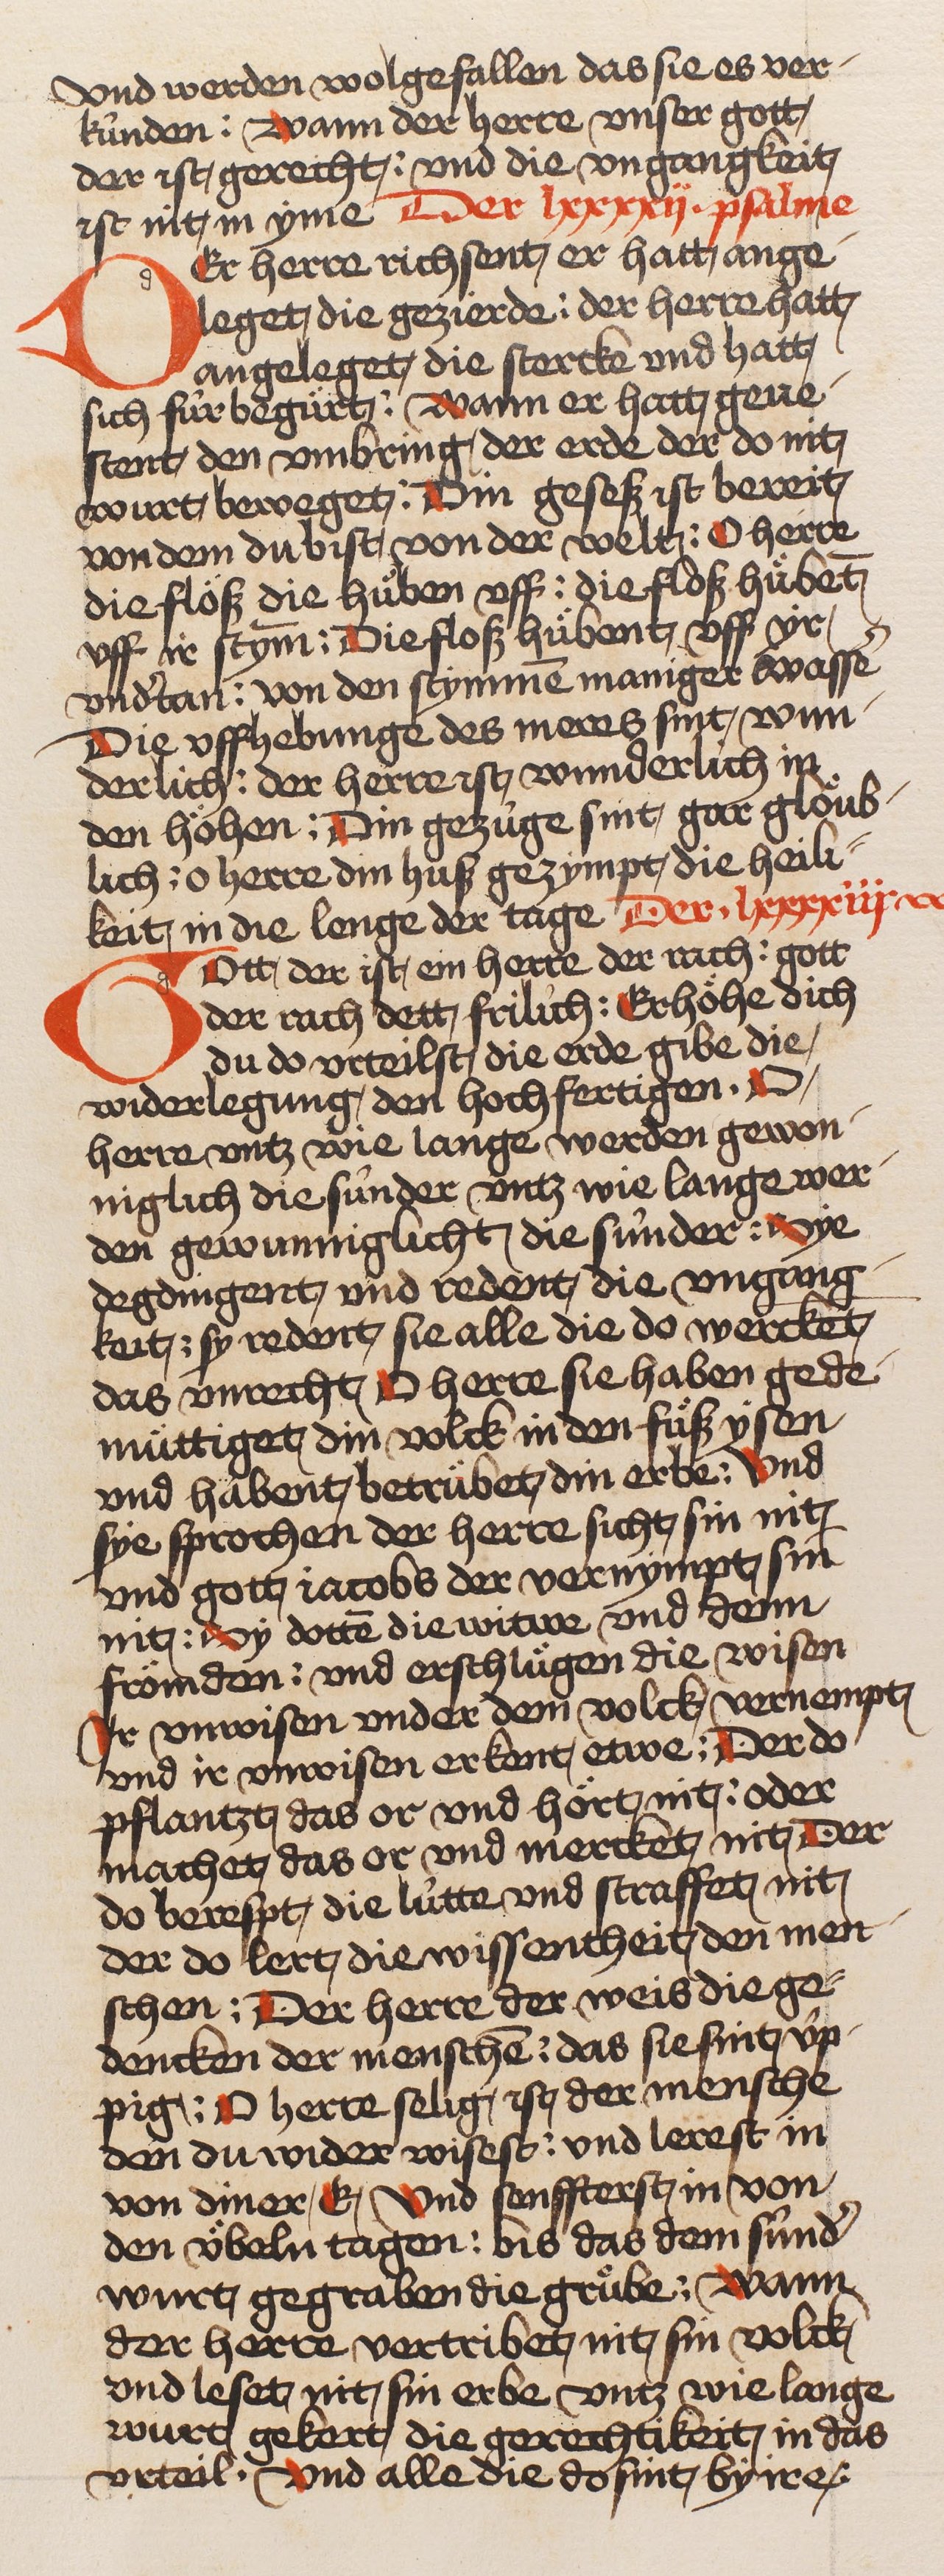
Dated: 1466–1499